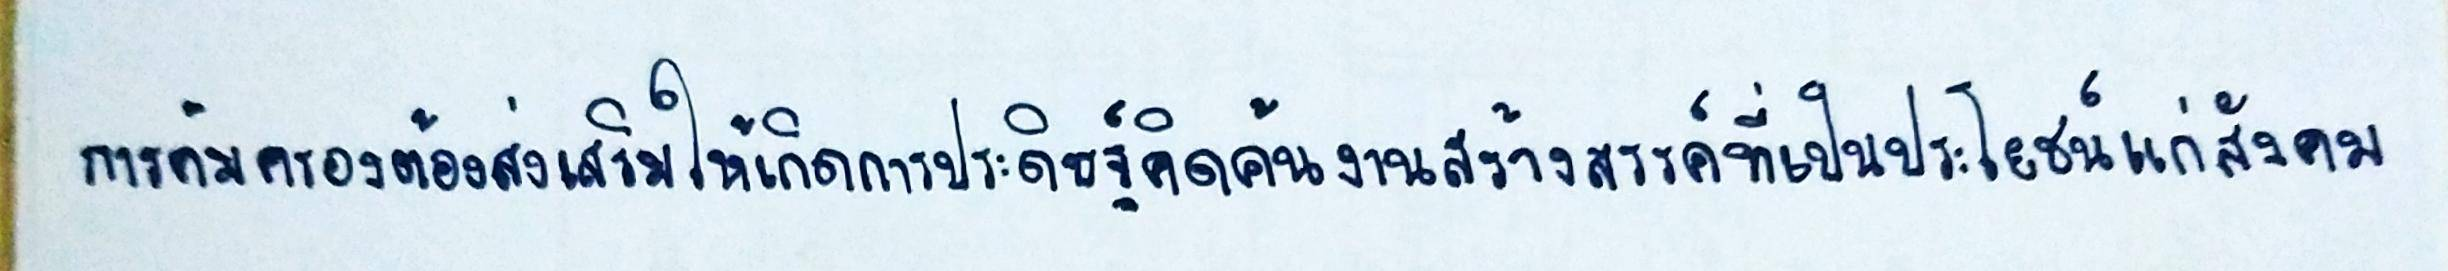
การคุ้มครองต้องส่งเสริมให้เกิดการประดิษฐ์คิดค้นงานสร้างสรรค์ที่เป็นประโยชน์แก่สังคม